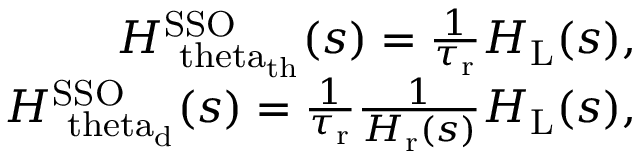
\begin{array} { r } { H _ { \mathrm { \ t h e t a _ { \mathrm { t h } } } } ^ { \mathrm { S S O } } ( s ) = \frac { 1 } { \tau _ { \mathrm { r } } } H _ { \mathrm { L } } ( s ) , } \\ { H _ { \mathrm { \ t h e t a _ { \mathrm { d } } } } ^ { \mathrm { S S O } } ( s ) = \frac { 1 } { \tau _ { \mathrm { r } } } \frac { 1 } { H _ { \mathrm { r } } ( s ) } H _ { \mathrm { L } } ( s ) , } \end{array}